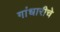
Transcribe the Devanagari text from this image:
गांधारीचे